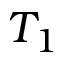
T _ { 1 }